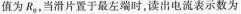
值为R_{0}，当滑片置于最左端时，读出电流表示数为